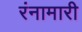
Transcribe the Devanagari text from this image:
रंनामारी